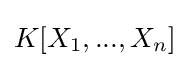
K[X_{1},...,X_{n}]